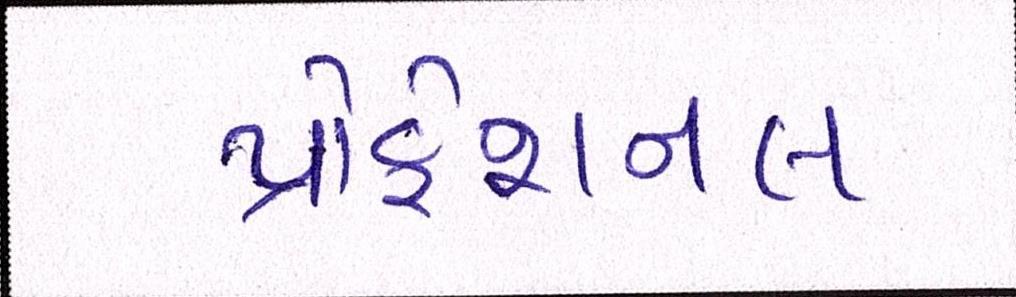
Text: પ્રોફેશનલ